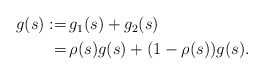
\begin{align*}\begin{aligned}g(s):=&\,g_1(s)+g_2(s)\\=&\,\rho(s)g(s)+(1-\rho(s))g(s).\end{aligned}\end{align*}